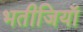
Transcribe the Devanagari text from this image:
भतीजियाॅ